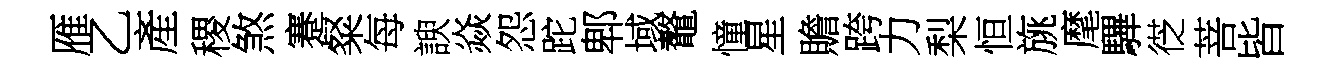
雁乙產稷煞蹇粲每諛焱怨跎郫域鼇憧星贍跨力梨恒旐麾驆徔菩皆